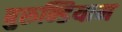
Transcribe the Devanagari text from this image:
बुरुन्डियान